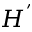
H ^ { ' }